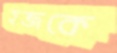
হজকে